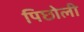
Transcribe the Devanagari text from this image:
पिछोली